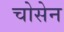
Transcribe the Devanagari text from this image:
चोसेन